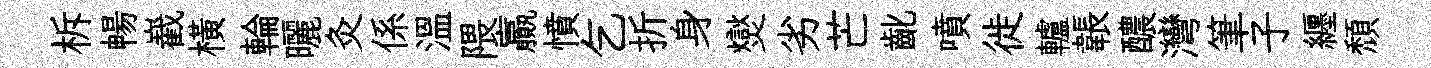
柝暢嶻橫輪曬灸係溫隈贏憤乞折身爕劣芒齔噴徙轤韔醲灣筆子纒頹